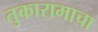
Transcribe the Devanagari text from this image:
तुकारामाचा